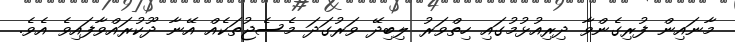
މާނައިން ފުރިގެންވާ ދިރިއުޅުމުގައި ހިތްވަރު ލިބިދޭ ވަރުގަދަ މެސެޖުތަކެއް އޭނާ ދޫކުރައްވާފައިވެ އެވެ.